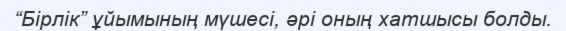
“Бірлік” ұйымының мүшесі, әрі оның хатшысы болды.